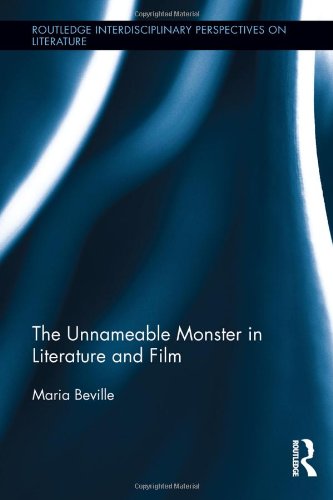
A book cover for The Unnameable Monster in Literature and Film (Routledge Interdisciplinary Perspectives on Literature); Maria Beville; Literature & Fiction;